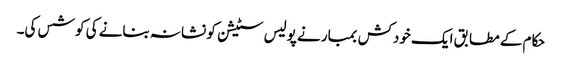
حکام کے مطابق ایک خودکش بمبار نے پولیس سٹیشن کو نشانہ بنانے کی کوشس کی۔